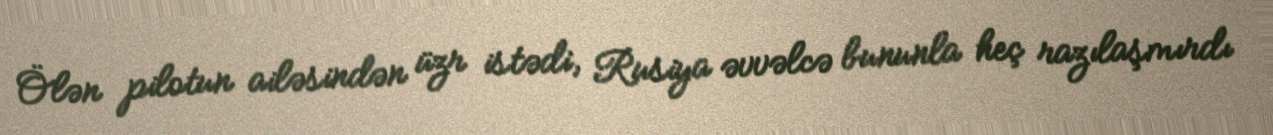
Ölən pilotun ailəsindən üzr istədi, Rusiya əvvəlcə bununla heç razılaşmırdı